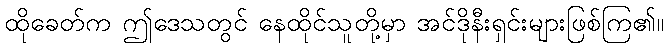
ထိုခေတ်က ဤဒေသတွင် နေထိုင်သူတို့မှာ အင်ဒိုနီးရှင်းများဖြစ်ကြ၏။